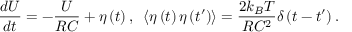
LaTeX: { \frac { d U } { d t } } = - { \frac { U } { R C } } + \eta \left( t \right) , \; \; \left\langle \eta \left( t \right) \eta \left( t ^ { \prime } \right) \right\rangle = { \frac { 2 k _ { B } T } { R C ^ { 2 } } } \delta \left( t - t ^ { \prime } \right) .